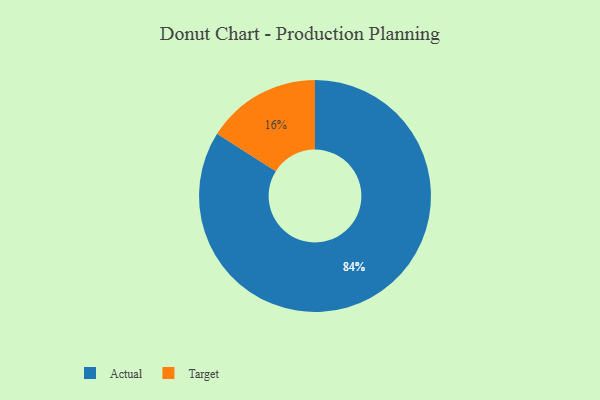
{"axis": {"x": "Category", "y": "Percentage"}, "legend": ["Actual", "Target"], "data": [{"x": "Target", "y": 16, "type": "Target"}, {"x": "Actual", "y": 84, "type": "Actual"}]}